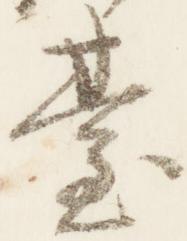
台